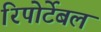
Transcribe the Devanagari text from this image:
रिपोर्टेबल